Code of medical and sanitary regulations for the guidance of medical officers serving in the Madras Presidency - Volume I
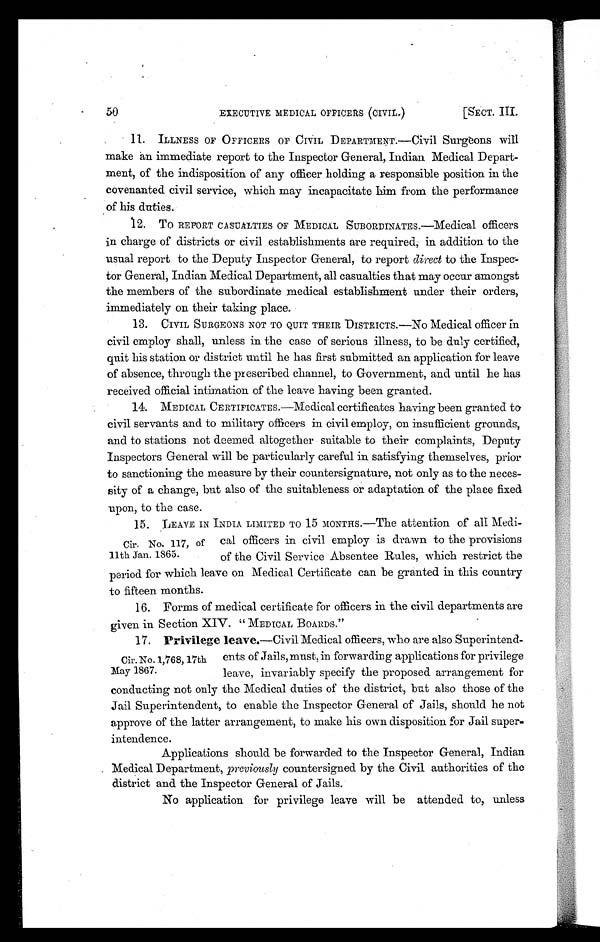
50 EXECUTIVE MEDICAL OFFICERS (CIVIL.)
[SECT. III.
11. ILLNESS OF OFFICERS OF CIVIL DEPARTMENT.—Civil Surgeons will
make an immediate report to the Inspector General, Indian Medical Depart-
ment, of the indisposition of any officer holding a responsible position in the
covenanted civil service, which may incapacitate him from the performance
of his duties.
12. TO REPORT CASUALTIES OF MEDICAL SUBORDINATES.—Medical officers
in charge of districts or civil establishments are required, in addition to the
usual report to the Deputy Inspector General, to report direct to the Inspec-
tor General, Indian Medical Department, all casualties that may occur amongst
the members of the subordinate medical establishment under their orders,
immediately on their taking place.
13. CIVIL SURGEONS NOT TO QUIT THEIR DISTRICTS.—NO Medical officer in
civil employ shall, unless in the case of serious illness, to be duly certified,
quit his station or district until he has first submitted an application for leave
of absence, through the prescribed channel, to Government, and until he has
received official intimation of the leave having been granted.
14. MEDICAL CERTIFICATES.—Medical certificates having been granted to
civil servants and to military officers in civil employ, on insufficient grounds,
and to stations not deemed altogether suitable to their complaints, Deputy
Inspectors General will be particularly careful in satisfying themselves, prior
to sanctioning the measure by their countersignature, not only as to the neces-
sity of a change, but also of the suitableness or adaptation of the place fixed
upon, to the case.
15. LEAVE IN INDIA LIMITED TO 15 MONTHS.—The attention of all Medi-
cal officers in civil employ is drawn to the provisions
of the Civil Service Absentee Rules, which restrict the
period for which leave on Medical Certificate can be granted in this country
to fifteen months.
16. Forms of medical certificate for officers in the civil departments are
given in Section XIV. " MEDICAL BOARDS."
17. Privilege leave.—Civil Medical officers, who are also Superintend-
ents of Jails, must, in forwarding applications for privilege
leave, invariably specify the proposed arrangement for
conducting not only the Medical duties of the district, but also those of the
Jail Superintendent, to enable the Inspector General of Jails, should he not
approve of the latter arrangement, to make his own disposition for Jail super
- i n t e n d e n c e .
Applications should be forwarded to the Inspector General, Indian
Medical Department, previously countersigned by the Civil authorities of the
district and the Inspector General of Jails.
No application for privilege leave will be attended to, unless
Cir. No. 117, of
11th Jan. 1865.
Cir. No. 1,768, 17th
May 1867.